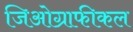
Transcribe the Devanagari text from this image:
जिओग्राफीकल